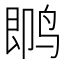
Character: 𱉼